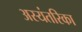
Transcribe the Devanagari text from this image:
अस्यंतरिका